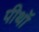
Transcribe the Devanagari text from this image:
पीथॉ